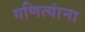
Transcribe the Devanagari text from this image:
गणित्यांना